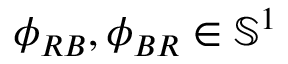
\phi _ { R B } , \phi _ { B R } \in \mathbb { S } ^ { 1 }